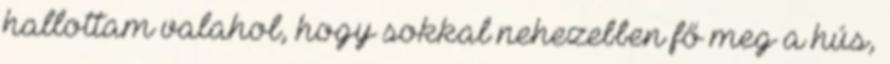
hallottam valahol, hogy sokkal nehezebben fő meg a hús,